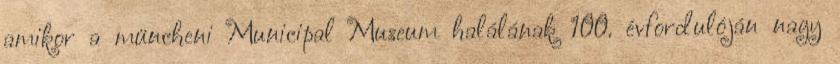
amikor a müncheni Municipal Museum halálának 100. évfordulóján nagy